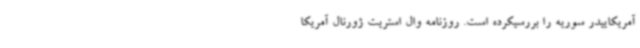
آمریکاییدر سوریه را بررسیکرده است. روزنامه وال استریت ژورنال آمریکا